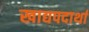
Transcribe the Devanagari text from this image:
खाद्यपदार्था